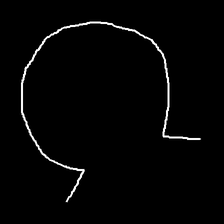
Glyph: weave